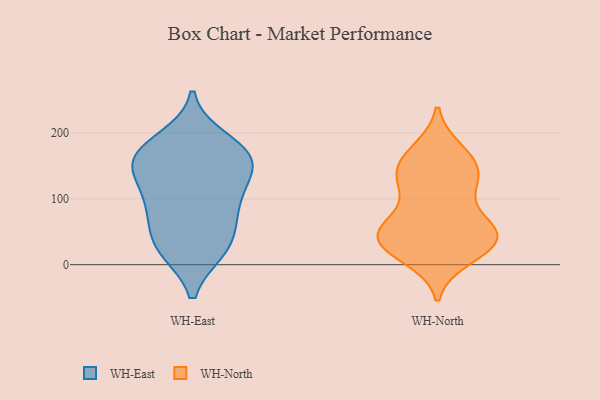
{"axis": {"x": "Waste Production (Tons)", "y": "Value"}, "legend": ["WH-East", "WH-North"], "data": [{"x": "", "y": 150, "type": "WH-East"}, {"x": "", "y": 88, "type": "WH-East"}, {"x": "", "y": 57, "type": "WH-East"}, {"x": "", "y": 29, "type": "WH-East"}, {"x": "", "y": 103, "type": "WH-East"}, {"x": "", "y": 164, "type": "WH-East"}, {"x": "", "y": 168, "type": "WH-East"}, {"x": "", "y": 189, "type": "WH-East"}, {"x": "", "y": 132, "type": "WH-East"}, {"x": "", "y": 24, "type": "WH-East"}, {"x": "", "y": 89, "type": "WH-East"}, {"x": "", "y": 23, "type": "WH-East"}, {"x": "", "y": 154, "type": "WH-East"}, {"x": "", "y": 167, "type": "WH-East"}, {"x": "", "y": 148, "type": "WH-North"}, {"x": "", "y": 126, "type": "WH-North"}, {"x": "", "y": 167, "type": "WH-North"}, {"x": "", "y": 35, "type": "WH-North"}, {"x": "", "y": 54, "type": "WH-North"}, {"x": "", "y": 51, "type": "WH-North"}, {"x": "", "y": 146, "type": "WH-North"}, {"x": "", "y": 44, "type": "WH-North"}, {"x": "", "y": 46, "type": "WH-North"}, {"x": "", "y": 72, "type": "WH-North"}, {"x": "", "y": 25, "type": "WH-North"}, {"x": "", "y": 125, "type": "WH-North"}, {"x": "", "y": 172, "type": "WH-North"}, {"x": "", "y": 12, "type": "WH-North"}, {"x": "", "y": 121, "type": "WH-North"}, {"x": "", "y": 47, "type": "WH-North"}, {"x": "", "y": 25, "type": "WH-North"}]}